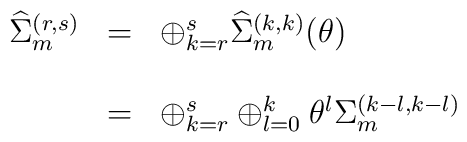
\begin{array}{lcl}{\widehat \Sigma}_{m}^{(r,s)} &=& \oplus _{k=r}^{s} {\widehat \Sigma}_{m}^{(k,k)}(\theta)\\\\&=&\oplus _{k=r}^{s}\oplus _{l=0}^{k} {\theta}^{l}{\Sigma}_{m}^{(k-l,k-l)}\end{array}